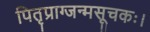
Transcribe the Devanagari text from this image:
पितृप्राग्जन्मसूचकः।